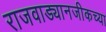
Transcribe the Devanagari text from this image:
राजवाड्यानजीकच्या